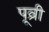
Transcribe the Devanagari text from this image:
पूव्री